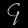
Digit: ၄